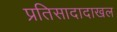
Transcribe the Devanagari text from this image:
प्रतिसादादाखल